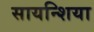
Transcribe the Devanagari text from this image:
सायन्शिया